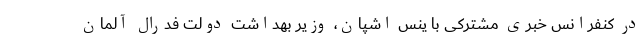
در کنفرانس خبری مشترکی با ینس اشپان، وزیر بهداشت دولت فدرال آلمان